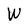
Character: W